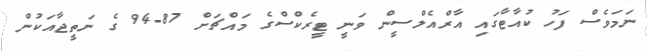
ނަމަވެސް ފަހު ކުއާޓާގައި އާރްއެލްސީން ވަނީ ޓީރެކްސްގެ މައްޗަށް 87-94 ގެ ނަތީޖާއަކުން